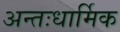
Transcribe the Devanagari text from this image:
अन्तःधार्मिक